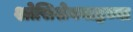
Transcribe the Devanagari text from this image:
श्लेसिशेनबाह्नच्या